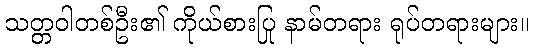
သတ္တဝါတစ်ဦး၏ ကိုယ်စားပြု နာမ်တရား ရုပ်တရားများ။